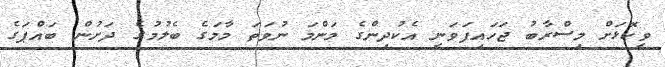
ވީކޮޅަށް މިސްރާބު ޖަހައިފަވަނީ އެކުދިންގެ މަންމަ ނުވަތަ މާމަގެ ބެލުމުގެ ދަށުން ބައްޕަގެ